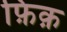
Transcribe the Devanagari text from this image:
फ़िक़